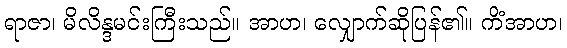
ရာဇာ၊ မိလိန္ဒမင်းကြီးသည်။ အာဟ၊ လျှောက်ဆိုပြန်၏။ ကိံအာဟ၊